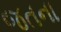
જતના